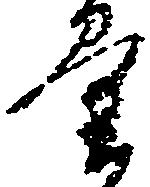
量